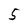
Character: 5